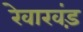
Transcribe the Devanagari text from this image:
रेवाखंड़